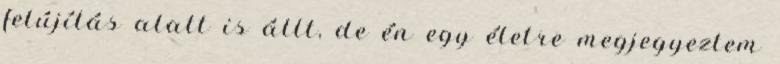
felújítás alatt is állt, de én egy életre megjegyeztem